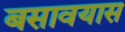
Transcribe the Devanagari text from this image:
बसावयास